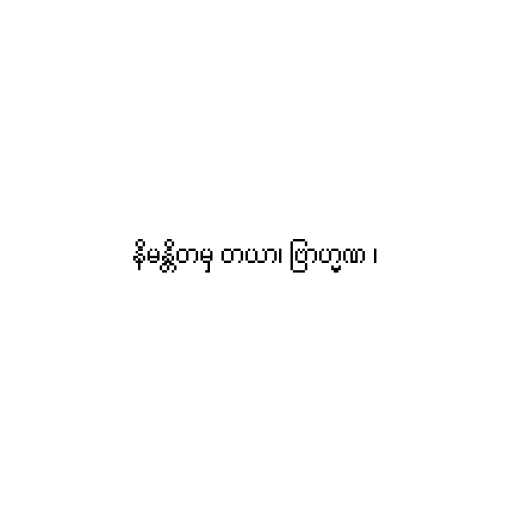
နိမန္တိတမှ တယာ၊ ဗြာဟ္မဏ ၊